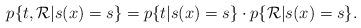
LaTeX: \begin{align*}p\{t, {\cal R} | s(x)=s\}=p\{t|s(x)=s\} \cdot p\{ {\cal R}| s(x)=s\}.\end{align*}